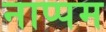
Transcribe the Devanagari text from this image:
नाप्पम